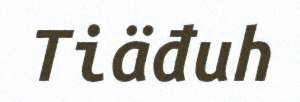
Tiäđuh